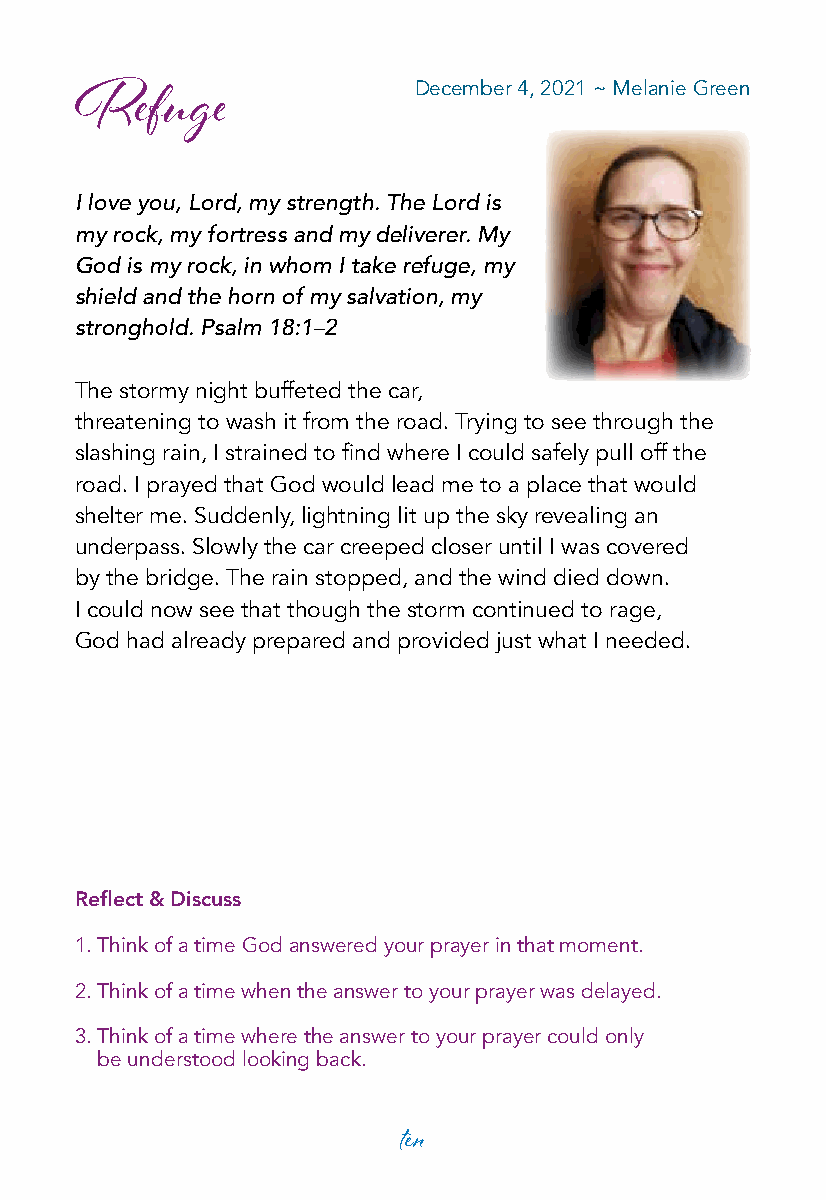
December 4, 2021 ~ Melanie Green
 Refuge
 I love you, Lord, my strength. The Lord is
 my rock, my fortress and my deliverer. My
 God is my rock, in whom I take refuge, my
 shield and the horn of my salvation, my
 stronghold. Psalm 18:1–2
 The stormy night buffeted the car,
 threatening to wash it from the road. Trying to see through the
 slashing rain, I strained to find where I could safely pull off the
 road. I prayed that God would lead me to a place that would
 shelter me. Suddenly, lightning lit up the sky revealing an
 underpass. Slowly the car creeped closer until I was covered
 by the bridge. The rain stopped, and the wind died down.
 I could now see that though the storm continued to rage,
 God had already prepared and provided just what I needed.
 Reflect & Discuss
 1. Think of a time God answered your prayer in that moment.
 2. Think of a time when the answer to your prayer was delayed.
 3. Think of a time where the answer to your prayer could only
 be understood looking back.
 ten